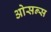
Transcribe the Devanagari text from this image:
ओसन्स